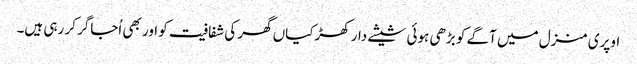
اوپری منزل میں آگے کو بڑھی ہوئی شیشے دار کھڑکیاں گھر کی شفافیت کو اور بھی اُجاگر کر رہی ہیں۔